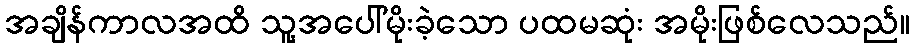
အချိန်ကာလအထိ သူ့အပေါ်မိုးခဲ့သော ပထမဆုံး အမိုးဖြစ်လေသည်။